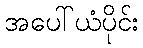
အပေါ်ယံပိုင်း